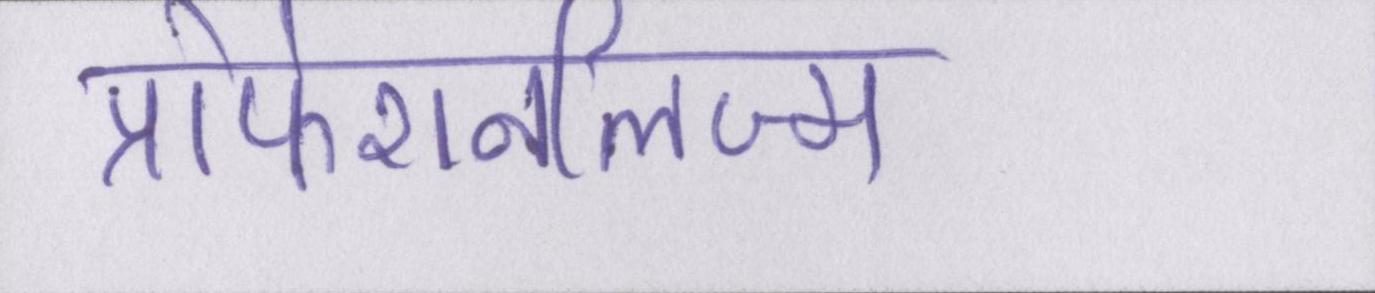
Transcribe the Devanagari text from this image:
प्रोफेशनलिज्म